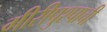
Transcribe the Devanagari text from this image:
गीरीपुश्पाची